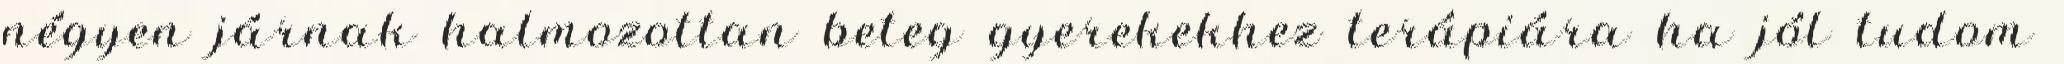
négyen járnak halmozottan beteg gyerekekhez terápiára ha jól tudom